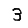
Digit: 3